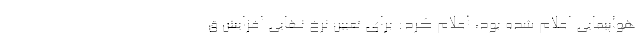
هواپیمایی اعلام شده بود، اعلام کرد: برای تعیین نرخ نهایی افزایش ق